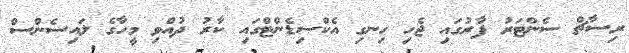
ރިސާޗް ސެންޓަރު ފާރުގައި ޖެހި ހިނގި އެކްސިޑެންޓްގައި ކާރު ދުއްވި މީހާގެ ލައިސެންސް